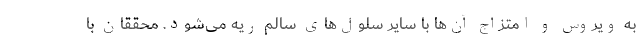
به ویروس و امتزاج آن‌ها با سایر سلول‌های سالم ریه می‌شود. محققان با